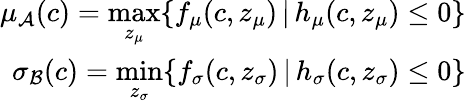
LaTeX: \begin{array}{r}{\mu_{\mathcal{A}}(c)=\underset{z_{\mu}}{\mathrm{max}}\{ f_{\mu}(c,z_{\mu})\, |\, h_{\mu}(c,z_{\mu})\leq 0\} }\\ {\sigma_{\mathcal{B}}(c)=\underset{z_{\sigma}}{\mathrm{min}}\{ f_{\sigma}(c,z_{\sigma})\, |\, h_{\sigma}(c,z_{\sigma})\leq 0\} }\end{array}